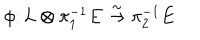
LaTeX: \phi \colon L \otimes \pi _ { 1 } ^ { - 1 } E \stackrel { \sim } { \to } \pi _ { 2 } ^ { - 1 } E